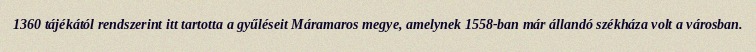
1360 tájékától rendszerint itt tartotta a gyűléseit Máramaros megye, amelynek 1558-ban már állandó székháza volt a városban.